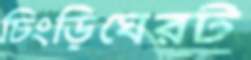
চিংড়িঘেরট